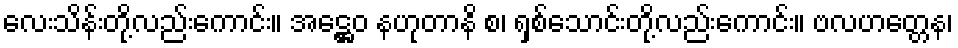
လေးသိန်းတို့လည်းကောင်း။ အဋ္ဌေဝ နဟုတာနိ စ၊ ရှစ်သောင်းတို့လည်းကောင်း။ ဗလဟတ္တေန၊